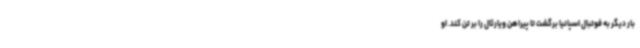
بار دیگر به فوتبال اسپانیا برگشت تا پیراهن ویارئال را بر تن کند. او